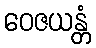
ဝေဇယန္တံ